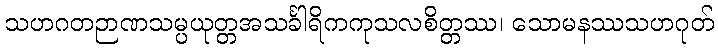
သဟဂတဉာဏသမ္ပယုတ္တအသင်္ခါရိကကုသလစိတ္တဿ၊ သောမနဿသဟဂုတ်